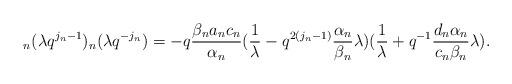
LaTeX: \begin{align*}_{n}(\lambda q^{j_{n}-1})_{n}(\lambda q^{-j_{n}})=-q\frac{\beta _{n}a_{n}c_{n}}{\alpha _{n}}(\frac{1}{\lambda }-q^{2(j_{n}-1)}\frac{\alpha _{n}}{\beta _{n}}\lambda )(\frac{1}{\lambda }+q^{-1}\frac{d_{n}\alpha_{n}}{c_{n}\beta _{n}}\lambda ).\end{align*}